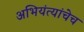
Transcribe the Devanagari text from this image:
अभियंत्यांचेच